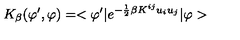
K _ { \beta } ( \varphi ^ { \prime } , \varphi ) = < \varphi ^ { \prime } | e ^ { - \frac { 1 } { 2 } \beta K ^ { i j } u _ { i } u _ { j } } | \varphi >